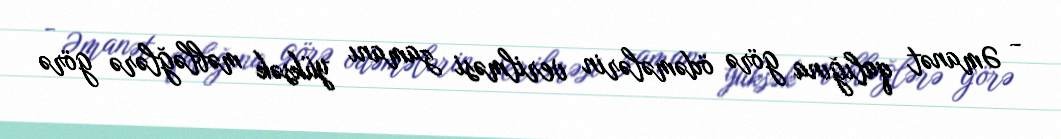
- Əmanət qalığına görə ödəmələrin verilməsi zamanı yüksək məbləğlərə görə